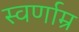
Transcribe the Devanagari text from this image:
स्वर्णाम्र